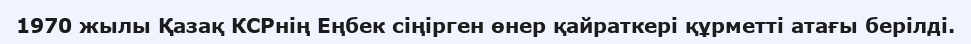
1970 жылы Қазақ КСРнің Еңбек сіңірген өнер қайраткері құрметті атағы берілді.